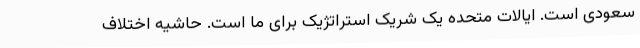
سعودی است. ایالات متحده یک شریک استراتژیک برای ما است. حاشیه اختلاف